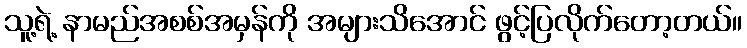
သူ့ရဲ့ နာမည်အစစ်အမှန်ကို အများသိအောင် ဖွင့်ပြလိုက်တော့တယ်။